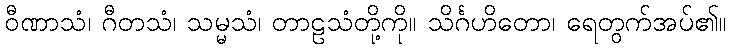
ဝီဏာသံ၊ ဂီတသံ၊ သမ္မသံ၊ တာဠသံတို့ကို။ သိင်္ဂဟိတော၊ ရေတွက်အပ်၏။